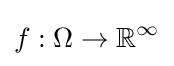
f:\Omega \to \mathbb {R} ^{\infty }